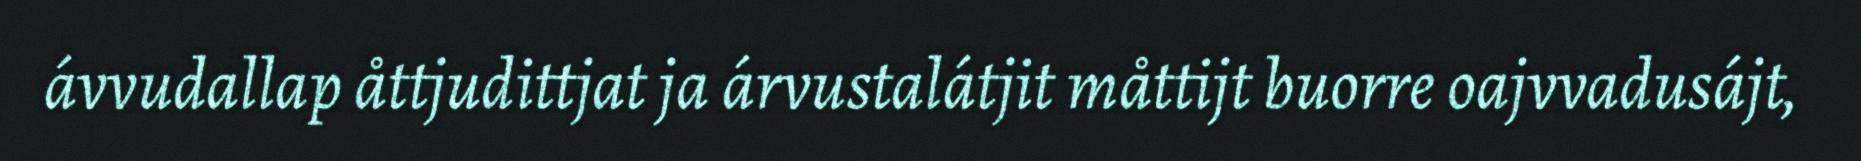
ávvudallap åttjudittjat ja árvustalátjit måttijt buorre oajvvadusájt,